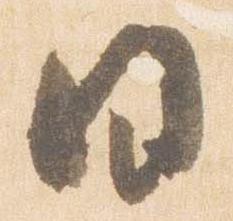
日